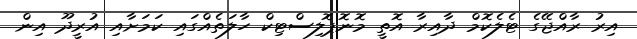
އިރު ރާއްޖޭގެ ޓެލެކޮމް ދާއިރާ އޮތީ މޮނޮޕޮލިސްޓިކް ހާލަތެއްގައި ކަމަށާއި އުރީދޫ އިން